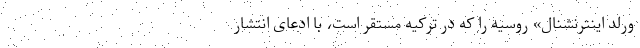
ورلد اینترنشنال» روسیه را که در ترکیه مستقر است، با ادعای انتشار